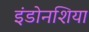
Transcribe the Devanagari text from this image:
इंडोनशिया